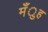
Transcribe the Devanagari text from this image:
मँुह